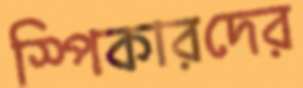
স্পিকারদের